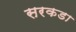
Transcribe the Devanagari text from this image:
सरकडा